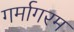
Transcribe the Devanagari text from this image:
गर्मागरम